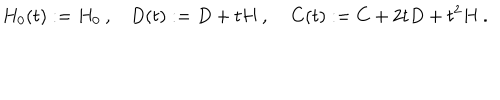
LaTeX: H _ { 0 } ( t ) : = H _ { 0 } \: , \: \: \: \: D ( t ) : = D + t H \: , \: \: \: \: \: C ( t ) : = C + 2 t D + t ^ { 2 } H \: .